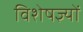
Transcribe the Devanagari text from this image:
विशेषज्ञ्यों